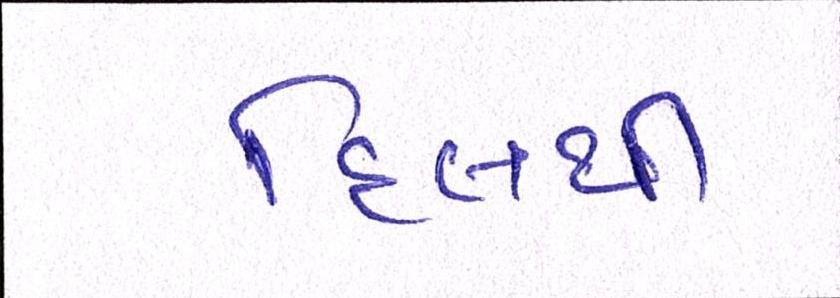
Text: દિલથી